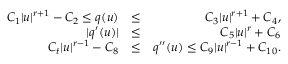
\begin{array} { r l r } { C _ { 1 } | u | ^ { r + 1 } - C _ { 2 } \leq q ( u ) } & { \leq } & { C _ { 3 } | u | ^ { r + 1 } + C _ { 4 } , } \\ { | q ^ { \prime } ( u ) | } & { \leq } & { C _ { 5 } | u | ^ { r } + C _ { 6 } } \\ { C _ { t } | u | ^ { r - 1 } - C _ { 8 } } & { \leq } & { q ^ { \prime \prime } ( u ) \leq C _ { 9 } | u | ^ { r - 1 } + C _ { 1 0 } . } \end{array}